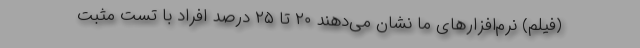
(فیلم) نرم‌افزارهای ما نشان می‌دهند ۲۰ تا ۲۵ درصد افراد با تست مثبت